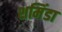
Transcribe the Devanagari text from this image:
शमिंडा